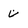
Character: V